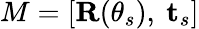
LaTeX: M=[\mathbf{R}(\theta_{s}),~\mathbf{t}_{s}]